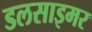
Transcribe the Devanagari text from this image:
डलसाइमर